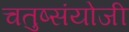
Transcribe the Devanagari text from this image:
चतुष्संयोजी